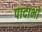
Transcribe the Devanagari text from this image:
पादाभों